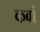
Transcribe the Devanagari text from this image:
कर्बा